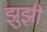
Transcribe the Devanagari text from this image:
झुझी